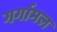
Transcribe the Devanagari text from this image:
गर्गामल